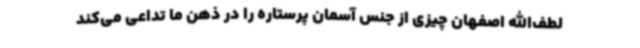
لطف‌الله اصفهان چیزی از جنس آسمان پرستاره را در ذهن ما تداعی می‌کند